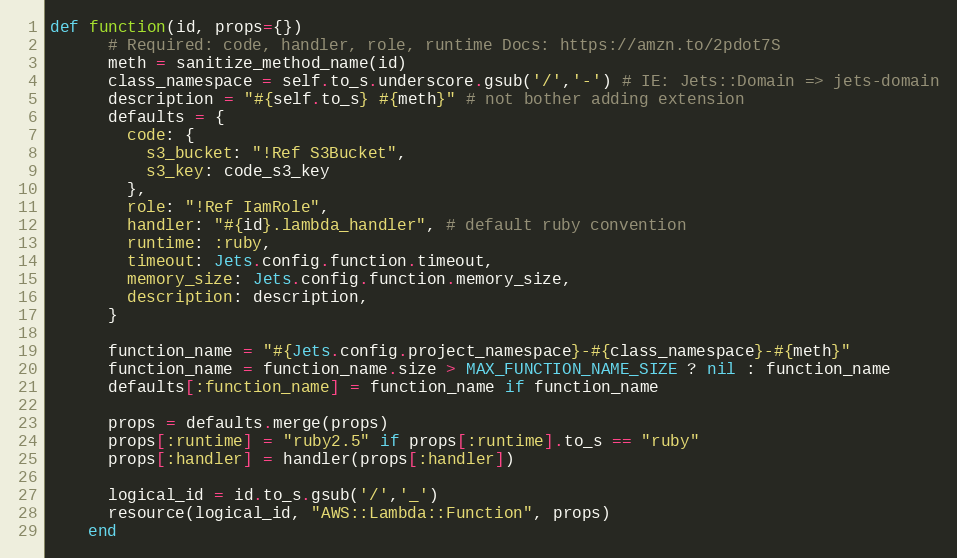
Language: Ruby
def function(id, props={})
      # Required: code, handler, role, runtime Docs: https://amzn.to/2pdot7S
      meth = sanitize_method_name(id)
      class_namespace = self.to_s.underscore.gsub('/','-') # IE: Jets::Domain => jets-domain
      description = "#{self.to_s} #{meth}" # not bother adding extension
      defaults = {
        code: {
          s3_bucket: "!Ref S3Bucket",
          s3_key: code_s3_key
        },
        role: "!Ref IamRole",
        handler: "#{id}.lambda_handler", # default ruby convention
        runtime: :ruby,
        timeout: Jets.config.function.timeout,
        memory_size: Jets.config.function.memory_size,
        description: description,
      }

      function_name = "#{Jets.config.project_namespace}-#{class_namespace}-#{meth}"
      function_name = function_name.size > MAX_FUNCTION_NAME_SIZE ? nil : function_name
      defaults[:function_name] = function_name if function_name

      props = defaults.merge(props)
      props[:runtime] = "ruby2.5" if props[:runtime].to_s == "ruby"
      props[:handler] = handler(props[:handler])

      logical_id = id.to_s.gsub('/','_')
      resource(logical_id, "AWS::Lambda::Function", props)
    end